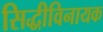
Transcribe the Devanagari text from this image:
सिद्धीविनायक